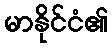
မာနိုင်ငံ၏